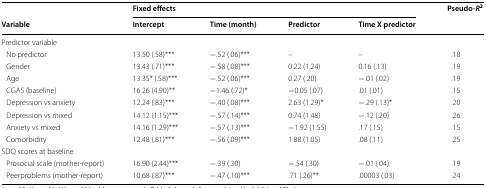
|  | <COLSPAN=4> Fixed effects | <ROWSPAN=2> Pseudo-R2 |
 | Variable | Intercept | Time (month) | Predictor | Time X predictor |
 | --- | --- | --- | --- | --- | --- |
 | <COLSPAN=6> Predictor variable |
 | No predictor | 13.50 (.58)*** | −.52 (.06)*** | – | – | .18 |
 | Gender | 13.43 (.71)*** | −.58 (.08)*** | 0.22 (1.24) | 0.16 (.13) | .19 |
 | Age | 13.35* (.58)*** | −.52 (.06)*** | 0.27 (.20) | −.01 (.02) | .19 |
 | CGAS (baseline) | 16.26 (4.90)** | −1.46 (.72)* | −0.05 (.07) | .01 (.01) | .15 |
 | Depression vs anxiety | 12.24 (.83)*** | −.40 (.08)*** | 2.63 (1.29)* | −.29 (.13)* | .20 |
 | Depression vs mixed | 14.12 (1.15)*** | −.57 (.14)*** | 0.74 (1.48) | −.12 (.20) | .26 |
 | Anxiety vs mixed | 14.16 (1.29)*** | −.57 (.13)*** | −1.92 (1.55) | .17 (.15) | .15 |
 | Comorbidity | 12.48 (.81)*** | −.56 (.09)*** | 1.88 (1.05) | .08 (.11) | .25 |
 | <COLSPAN=6> SDQ scores at baseline |
 | Prosocial scale (mother-report) | 16.90 (2.44)*** | −.39 (.30) | −.54 (.30) | −.01 (.04) | .19 |
 | Peerproblems (mother-report) | 10.68 (.87)*** | −.47 (.10)*** | .71 (.26)** | .00003 (.03) | .24 |